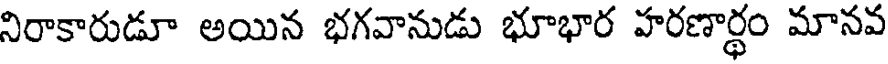
నిరాకారుడూ అయిన భగవానుడు భూభార హరణార్థం మానవ